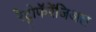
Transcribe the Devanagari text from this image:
रेट्रोफॅरेंजिअल